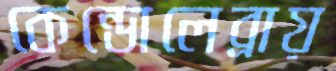
কেন্ডোলেব্রায়